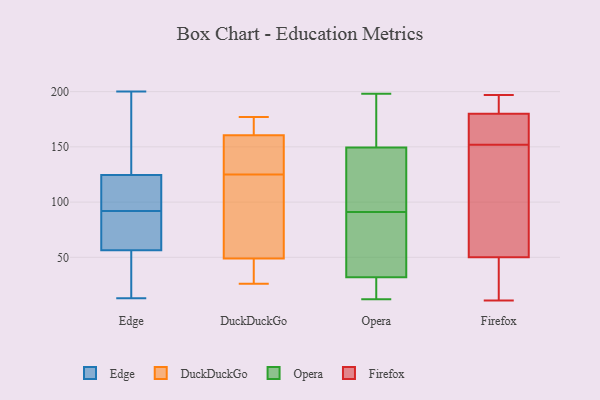
{"axis": {"x": "Shipments", "y": "Value"}, "legend": ["DuckDuckGo", "Edge", "Firefox", "Opera"], "data": [{"x": "", "y": 74, "type": "Edge"}, {"x": "", "y": 84, "type": "Edge"}, {"x": "", "y": 139, "type": "Edge"}, {"x": "", "y": 115, "type": "Edge"}, {"x": "", "y": 85, "type": "Edge"}, {"x": "", "y": 126, "type": "Edge"}, {"x": "", "y": 52, "type": "Edge"}, {"x": "", "y": 99, "type": "Edge"}, {"x": "", "y": 119, "type": "Edge"}, {"x": "", "y": 27, "type": "Edge"}, {"x": "", "y": 123, "type": "Edge"}, {"x": "", "y": 200, "type": "Edge"}, {"x": "", "y": 163, "type": "Edge"}, {"x": "", "y": 16, "type": "Edge"}, {"x": "", "y": 81, "type": "Edge"}, {"x": "", "y": 13, "type": "Edge"}, {"x": "", "y": 110, "type": "Edge"}, {"x": "", "y": 136, "type": "Edge"}, {"x": "", "y": 61, "type": "Edge"}, {"x": "", "y": 19, "type": "Edge"}, {"x": "", "y": 177, "type": "DuckDuckGo"}, {"x": "", "y": 176, "type": "DuckDuckGo"}, {"x": "", "y": 125, "type": "DuckDuckGo"}, {"x": "", "y": 43, "type": "DuckDuckGo"}, {"x": "", "y": 103, "type": "DuckDuckGo"}, {"x": "", "y": 37, "type": "DuckDuckGo"}, {"x": "", "y": 26, "type": "DuckDuckGo"}, {"x": "", "y": 158, "type": "DuckDuckGo"}, {"x": "", "y": 168, "type": "DuckDuckGo"}, {"x": "", "y": 135, "type": "DuckDuckGo"}, {"x": "", "y": 156, "type": "DuckDuckGo"}, {"x": "", "y": 64, "type": "DuckDuckGo"}, {"x": "", "y": 51, "type": "DuckDuckGo"}, {"x": "", "y": 20, "type": "Opera"}, {"x": "", "y": 87, "type": "Opera"}, {"x": "", "y": 130, "type": "Opera"}, {"x": "", "y": 144, "type": "Opera"}, {"x": "", "y": 71, "type": "Opera"}, {"x": "", "y": 12, "type": "Opera"}, {"x": "", "y": 151, "type": "Opera"}, {"x": "", "y": 197, "type": "Opera"}, {"x": "", "y": 175, "type": "Opera"}, {"x": "", "y": 158, "type": "Opera"}, {"x": "", "y": 31, "type": "Opera"}, {"x": "", "y": 14, "type": "Opera"}, {"x": "", "y": 56, "type": "Opera"}, {"x": "", "y": 148, "type": "Opera"}, {"x": "", "y": 109, "type": "Opera"}, {"x": "", "y": 95, "type": "Opera"}, {"x": "", "y": 37, "type": "Opera"}, {"x": "", "y": 198, "type": "Opera"}, {"x": "", "y": 33, "type": "Opera"}, {"x": "", "y": 31, "type": "Opera"}, {"x": "", "y": 152, "type": "Firefox"}, {"x": "", "y": 195, "type": "Firefox"}, {"x": "", "y": 171, "type": "Firefox"}, {"x": "", "y": 197, "type": "Firefox"}, {"x": "", "y": 160, "type": "Firefox"}, {"x": "", "y": 40, "type": "Firefox"}, {"x": "", "y": 80, "type": "Firefox"}, {"x": "", "y": 36, "type": "Firefox"}, {"x": "", "y": 122, "type": "Firefox"}, {"x": "", "y": 183, "type": "Firefox"}, {"x": "", "y": 11, "type": "Firefox"}]}